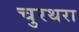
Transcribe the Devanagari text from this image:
चुरथरा